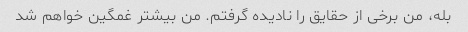
بله، من برخی از حقایق را نادیده گرفتم. من بیشتر غمگین خواهم شد